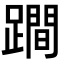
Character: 𨅍